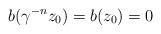
LaTeX: \begin{align*}b(\gamma^{-n} z_0) = b(z_0)=0\end{align*}